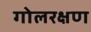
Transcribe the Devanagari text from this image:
गोलरक्षण